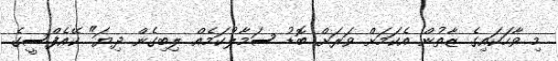
މި ވާހަކައިގެ ޒާތުން އެކަމަށް ވަރަށް ބޮޑު ސަމާލުކަމެއް ލިބިގެން ދިޔަ" ކޭއެފްސީގެ